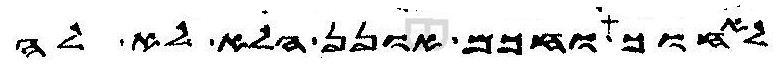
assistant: לאחוך וחכם אונן הלא לא לה